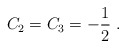
\begin{align*}C_2=C_3=-\frac{1}{2}\ . \end{align*}